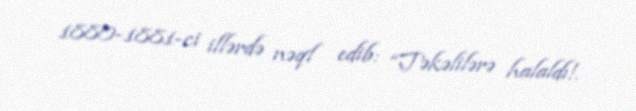
1880-1881-ci illərdə nəql edib: “Təkəlilərə halaldı!.